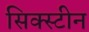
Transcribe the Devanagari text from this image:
सिक्स्टीन